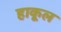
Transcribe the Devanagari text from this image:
हाकूल